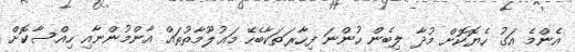
އެންމެ އަގު ހެޔޮކޮށް މުދާ ލިބެން ހުންނަ ފިހާރަތަކާބެހޭ މަޢުލޫމާތުތައް އާންމުންނާއި ހިއްސާކޮށް